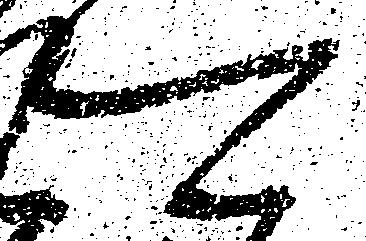
可